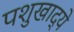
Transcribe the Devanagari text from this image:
पशुखाद्ये